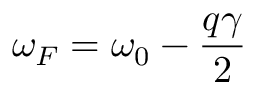
\omega _ { F } = \omega _ { 0 } - \frac { q \gamma } { 2 }